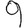
Digit: 9